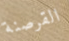
القرصنة